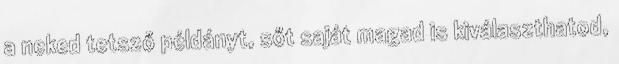
a neked tetsző példányt, sőt saját magad is kiválaszthatod,